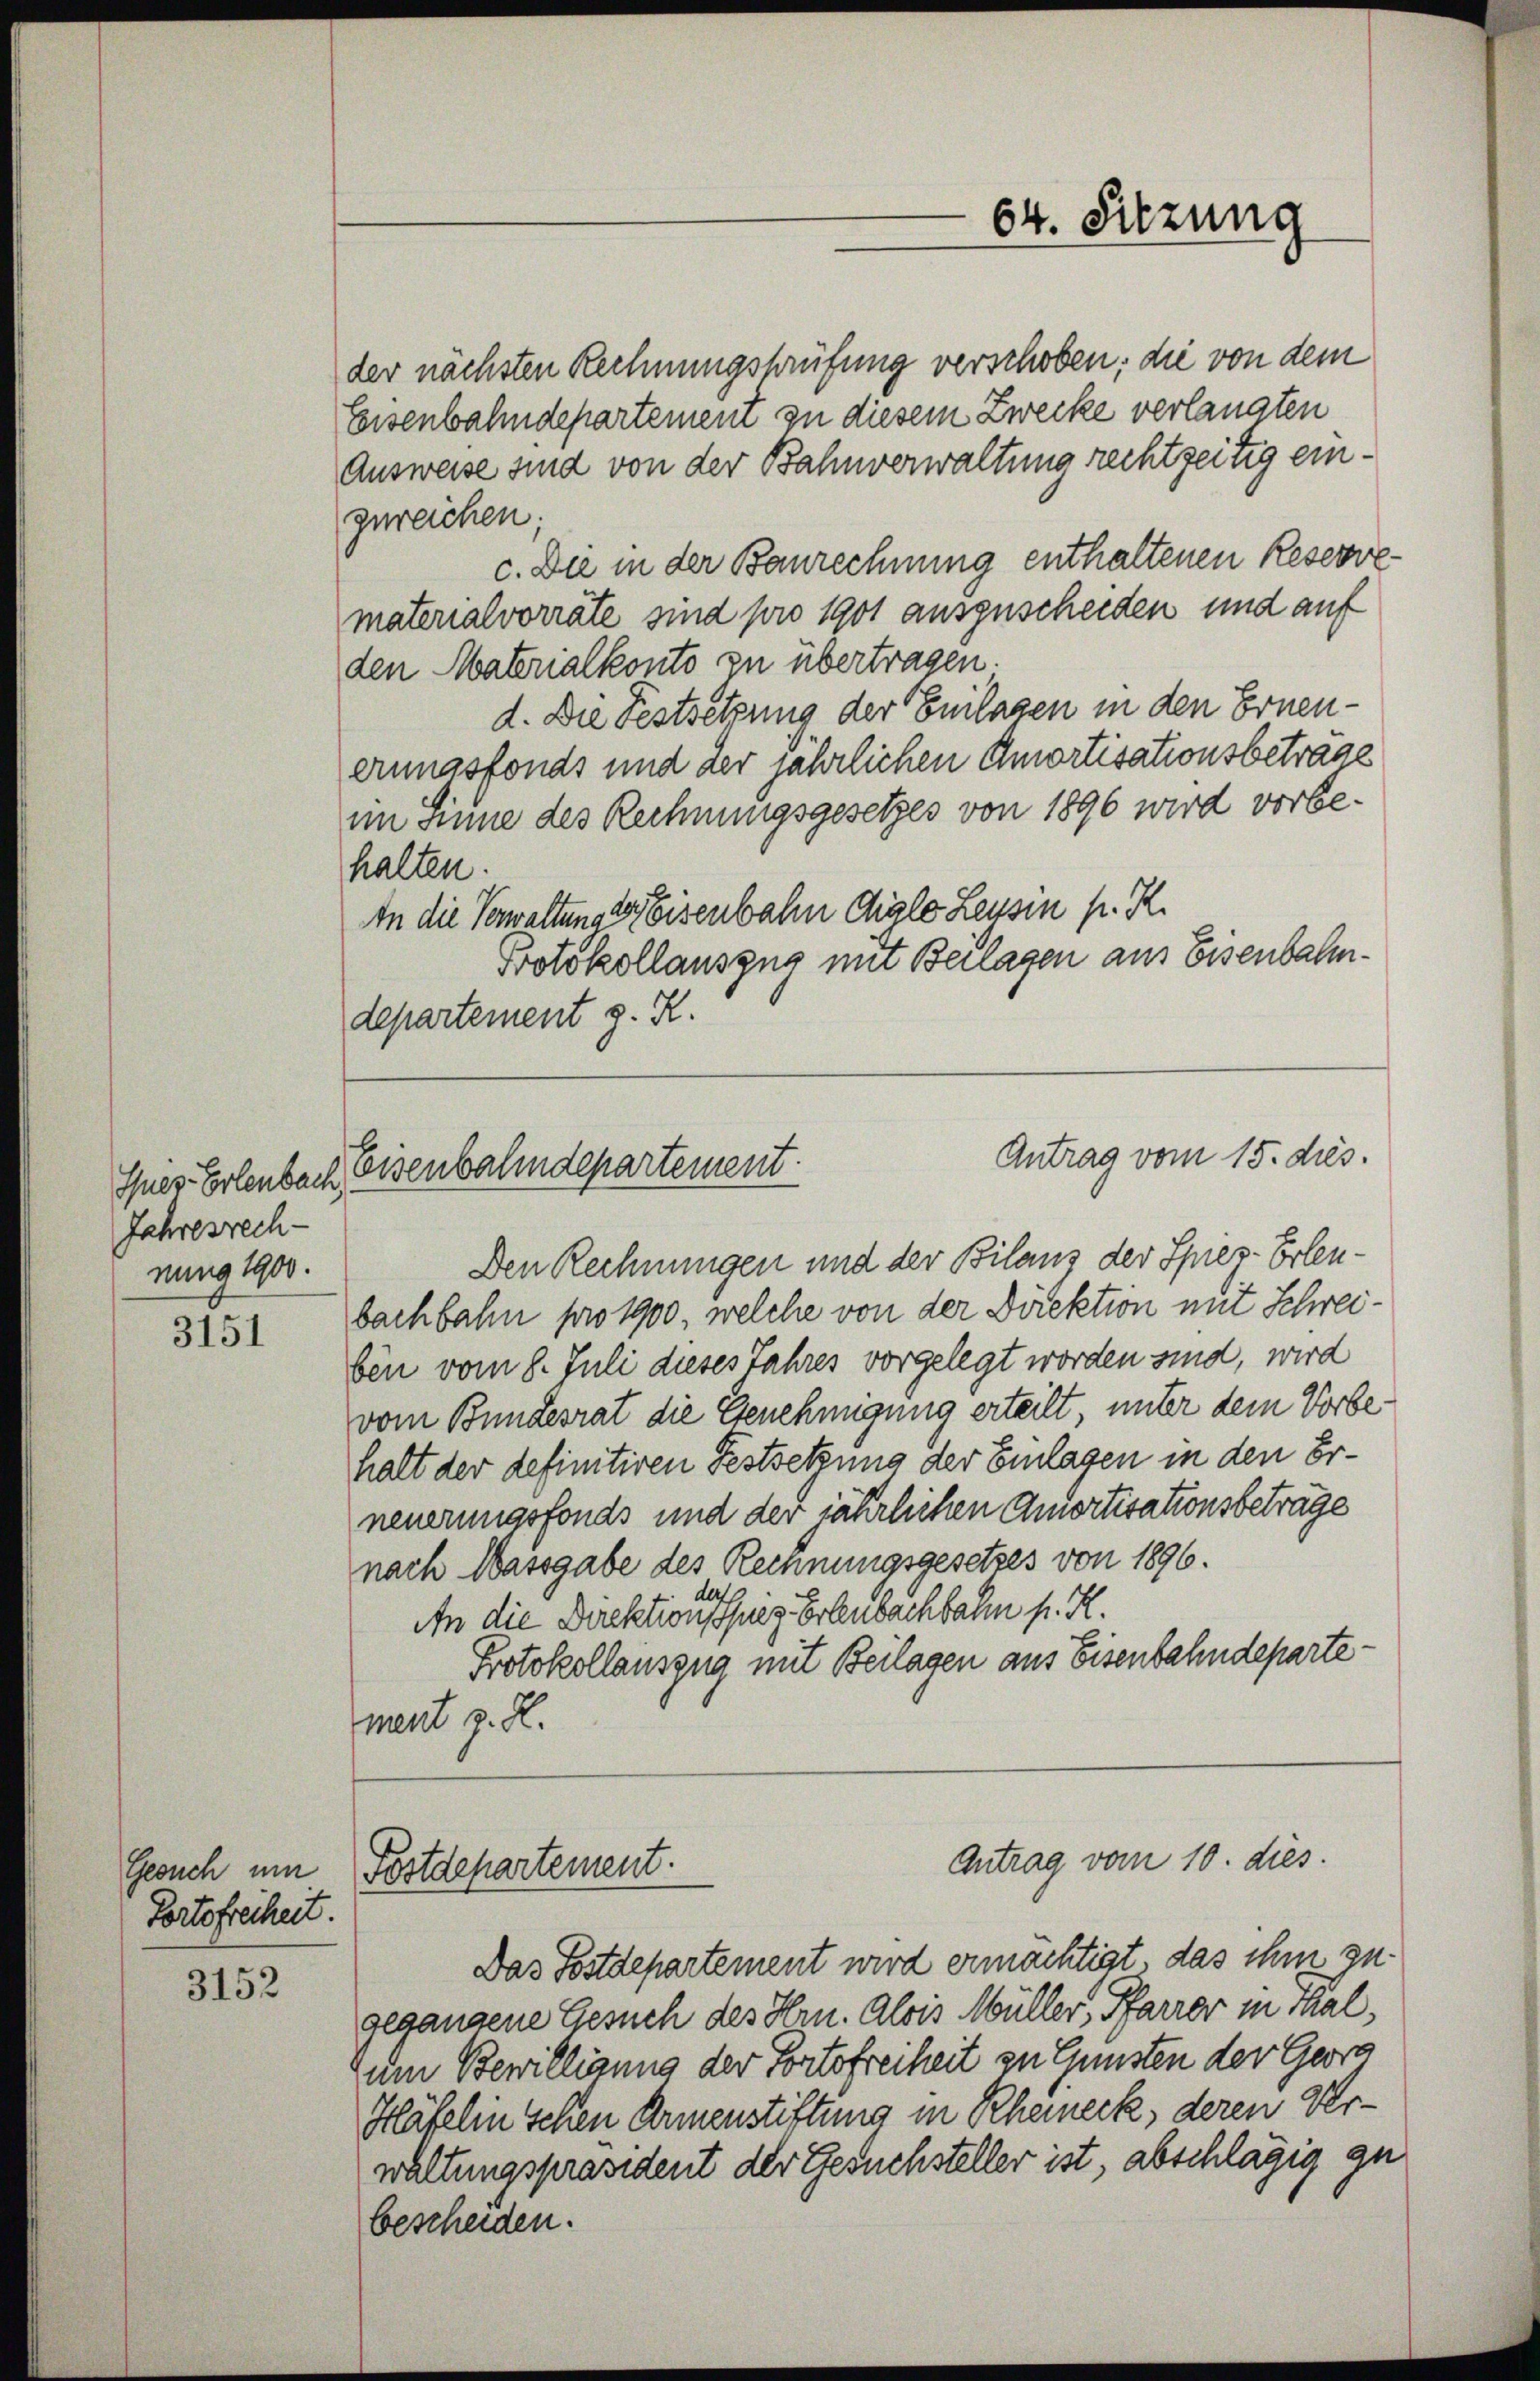
Sies- Erlenbach
Jahresrech-
nung 1900.

3151

Gesuch um
Portofreiheit.

3152

64. Sitzung

der nächsten Rechnungsprüfung verschoben; die von dem
Eisenbahndepartement zu diesem Zwecke verlangten
Ausweise sind von der Bahnverwaltung rechtzeitig eingerechen;
c. Die in der Baurechnung enthaltenen Reserve
materialvorräte sind pro 1901 ausgescheiden und auf
den Materialkonto zu übertragen.
d. Die Festsetzung der Enilagen in den Ernenerungsfonds und der jährlichen Amortisationsbeträge
im Sinne des Rechnungsgesetzes von 1896 wird vorbehalten.
In die Verwaltung Eisenbahn Aigle Leusin p. K.
Protokollauszug mit Beilagen aus Eisenbahndepartement g. R.

Antrag vom 15. dies.
Eisenbahndepartement.

Den Rechnungen und der Bilanz der Spres-Erlenbachbahn pro 1900, welche von der Direktion mit Schreiben vom 8. Juli dieses Jahres vorgelegt worden sind, wird
vom Bundesrat die Genehmigung erteilt unter dem Vorbehalt der definitiven Festsetzung der Einlagen in den Erneuerungsfonds und der jährlichen Amortisationsbeträge
nach Massgabe des Rechnungsgesetzes von 1896.
An die Direktion sie hiesige Erlenbachbarn p. R.
Protokollauszug mit Beilagen aus Eisenbahndepartement z. R.

Antrag vom 10. dies
Postdepartement.

Das Postdepartement wird ermachtigt, das ihm zu
gegangene Gesuch des Hrn. Alois Müller, Pfarrer in Thal,
um Bewilligung der Portofreiheit zu Gunsten der Georg
Häfelin schen Armenstiftung in Rheineck, deren Urwaltungspräsident der Gesuchsteller ist, abschlägig zu
bescheiden.